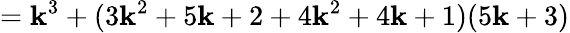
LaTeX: =\mathbf{k}^{3}+(3\mathbf{k}^{2}+5\mathbf{k}+2+4\mathbf{k}^{2}+4\mathbf{k}+1)(5\mathbf{k}+3)